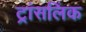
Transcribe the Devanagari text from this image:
ट्रांसलिंक